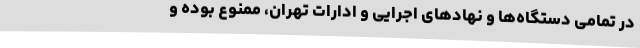
در تمامی دستگاه‌ها و نهادهای اجرایی و ادارات تهران، ممنوع بوده و